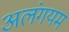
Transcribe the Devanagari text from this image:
अलंगयम